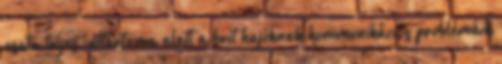
csata teljes időtartama alatt a brit hajóknak kommunikációs problémáik